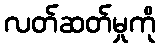
လတ်ဆတ်မှုကို